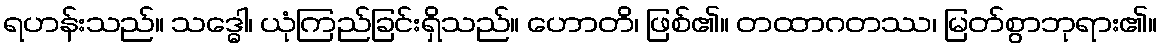
ရဟန်းသည်။ သဒ္ဓေါ၊ ယုံကြည်ခြင်းရှိသည်။ ဟောတိ၊ ဖြစ်၏။ တထာဂတဿ၊ မြတ်စွာဘုရား၏။